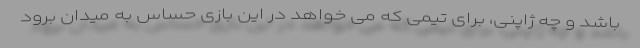
باشد و چه ژاپنی، برای تیمی که می خواهد در این بازی حساس به میدان برود